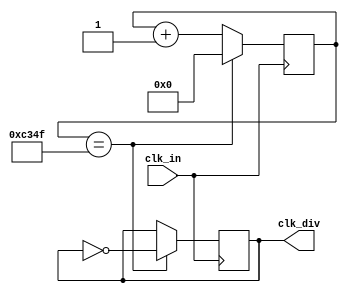
`timescale 1ns / 1ps
//////////////////////////////////////////////////////////////////////////////////
// Company: 
// Engineer: 
// 
// Design Name: 
// Module Name: clock_division
// Project Name: 
// Target Devices: 
// Tool Versions: 
// Description: 
// Divide the clock frequency. Defaultly divide the clock frequency by 50000.
//
// Dependencies: 
// 
// Revision:
// Revision 0.01 - File Created
// Additional Comments:
// 
//////////////////////////////////////////////////////////////////////////////////


module clock_division #(
    parameter DIVCLK_CNTMAX = 49999)(
    input clk_in,
    output clk_div
    );

    reg [31:0] cnt = 0; 
    reg clk_div_reg = 0;

    always@(posedge clk_in) begin
        if(cnt == DIVCLK_CNTMAX) begin
            cnt <= 0;
            clk_div_reg <= ~clk_div_reg;
        end
        else begin
            cnt <= cnt + 1;
        end
    end 
    
    assign clk_div = clk_div_reg;
    endmodule